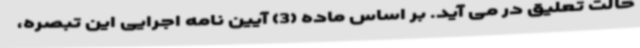
حالت تعلیق در می آید. بر اساس ماده (3) آیین نامه اجرایی این تبصره،